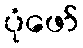
ပုံဖော်